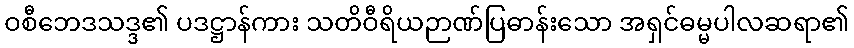
ဝစီဘေဒသဒ္ဒ၏ ပဒဋ္ဌာန်ကား သတိဝီရိယဉာဏ်ပြဓာန်းသော အရှင်ဓမ္မပါလဆရာ၏